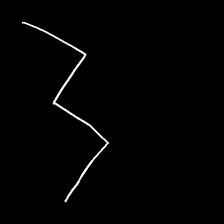
Glyph: crush